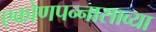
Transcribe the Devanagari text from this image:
एकोणपन्नासाव्या